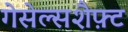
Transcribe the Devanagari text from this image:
गेसेल्सशैफ़्ट